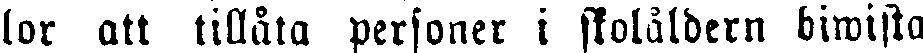
lor att tillåta personer i skolåldern biwista